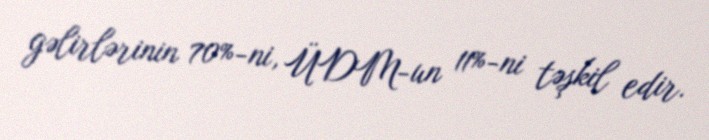
gəlirlərinin 70%-ni, ÜDM-un 11%-ni təşkil edir.